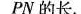
PN的长。